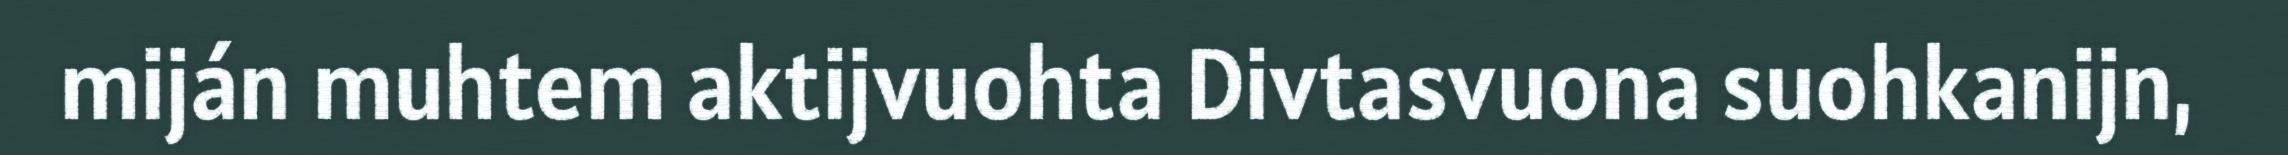
miján muhtem aktijvuohta Divtasvuona suohkanijn,